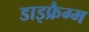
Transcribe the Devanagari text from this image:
डाइफ्रैग्म